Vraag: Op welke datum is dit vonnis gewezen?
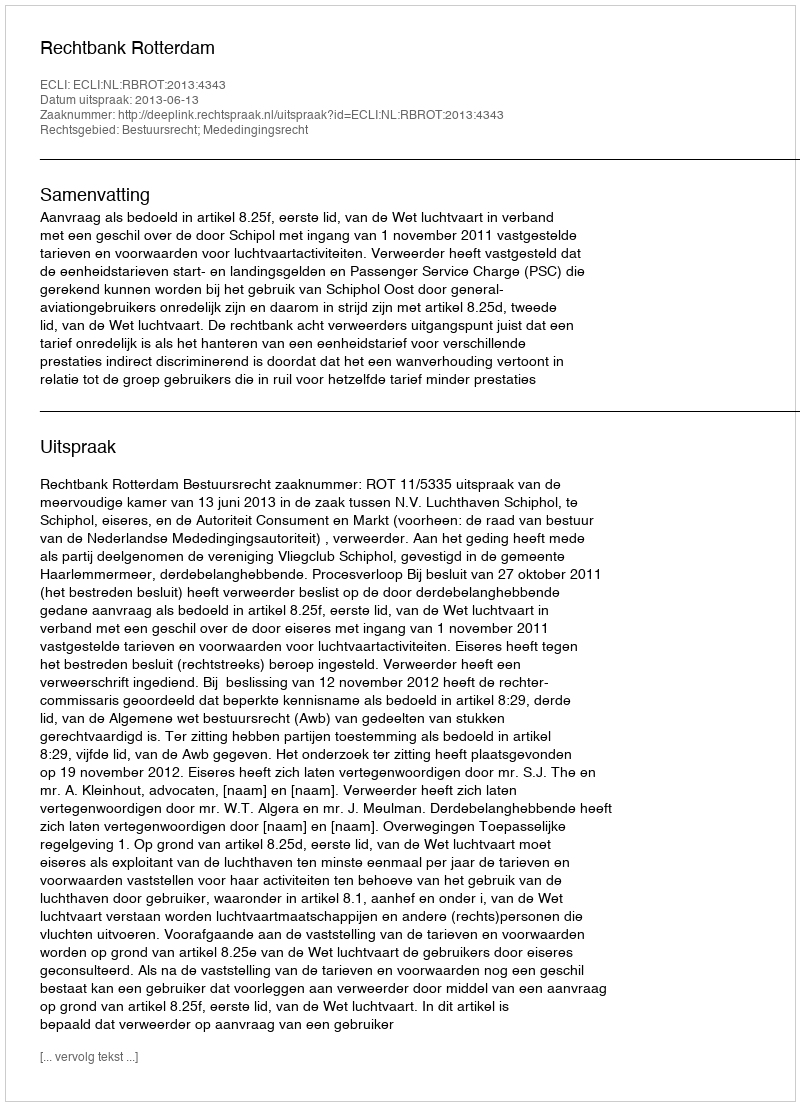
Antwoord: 2013-06-13